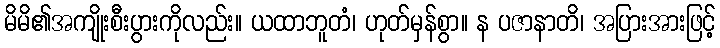
မိမိ၏အကျိုးစီးပွားကိုလည်း။ ယထာဘူတံ၊ ဟုတ်မှန်စွာ။ န ပဇာနာတိ၊ အပြားအားဖြင့်